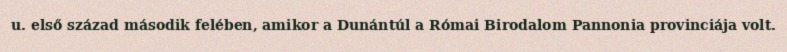
u. első század második felében, amikor a Dunántúl a Római Birodalom Pannonia provinciája volt.